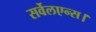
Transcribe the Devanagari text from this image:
सर्वेलएन्स।